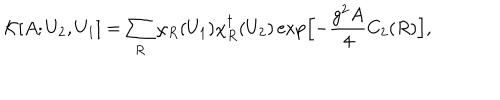
LaTeX: { \cal K } [ A ; U _ { 2 } , U _ { 1 } ] = \sum _ { R } \chi _ { R } ( U _ { 1 } ) \chi _ { R } ^ { \dagger } ( U _ { 2 } ) \exp \Bigl [ - \frac { g ^ { 2 } A } { 4 } C _ { 2 } ( R ) \Bigr ] ,